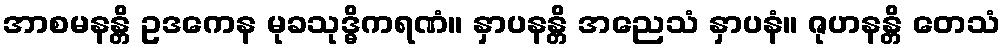
အာစမနန္တိ ဥဒကေန မုခသုဒ္ဓိကရဏံ။ နှာပနန္တိ အညေသံ နှာပနံ။ ဇုဟနန္တိ တေသံ